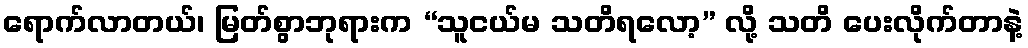
ရောက်လာတယ်၊ မြတ်စွာဘုရားက “သူငယ်မ သတိရလော့” လို့ သတိ ပေးလိုက်တာနဲ့